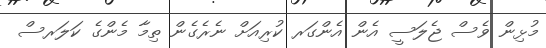
މުޅިން ވެސް ޖެލަސީ އެން އެންގަރ ކުރިއަށް ނެރެގެން ތިމާ މެންގެ ކަލަރސް